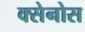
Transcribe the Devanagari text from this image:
क्सेनोस